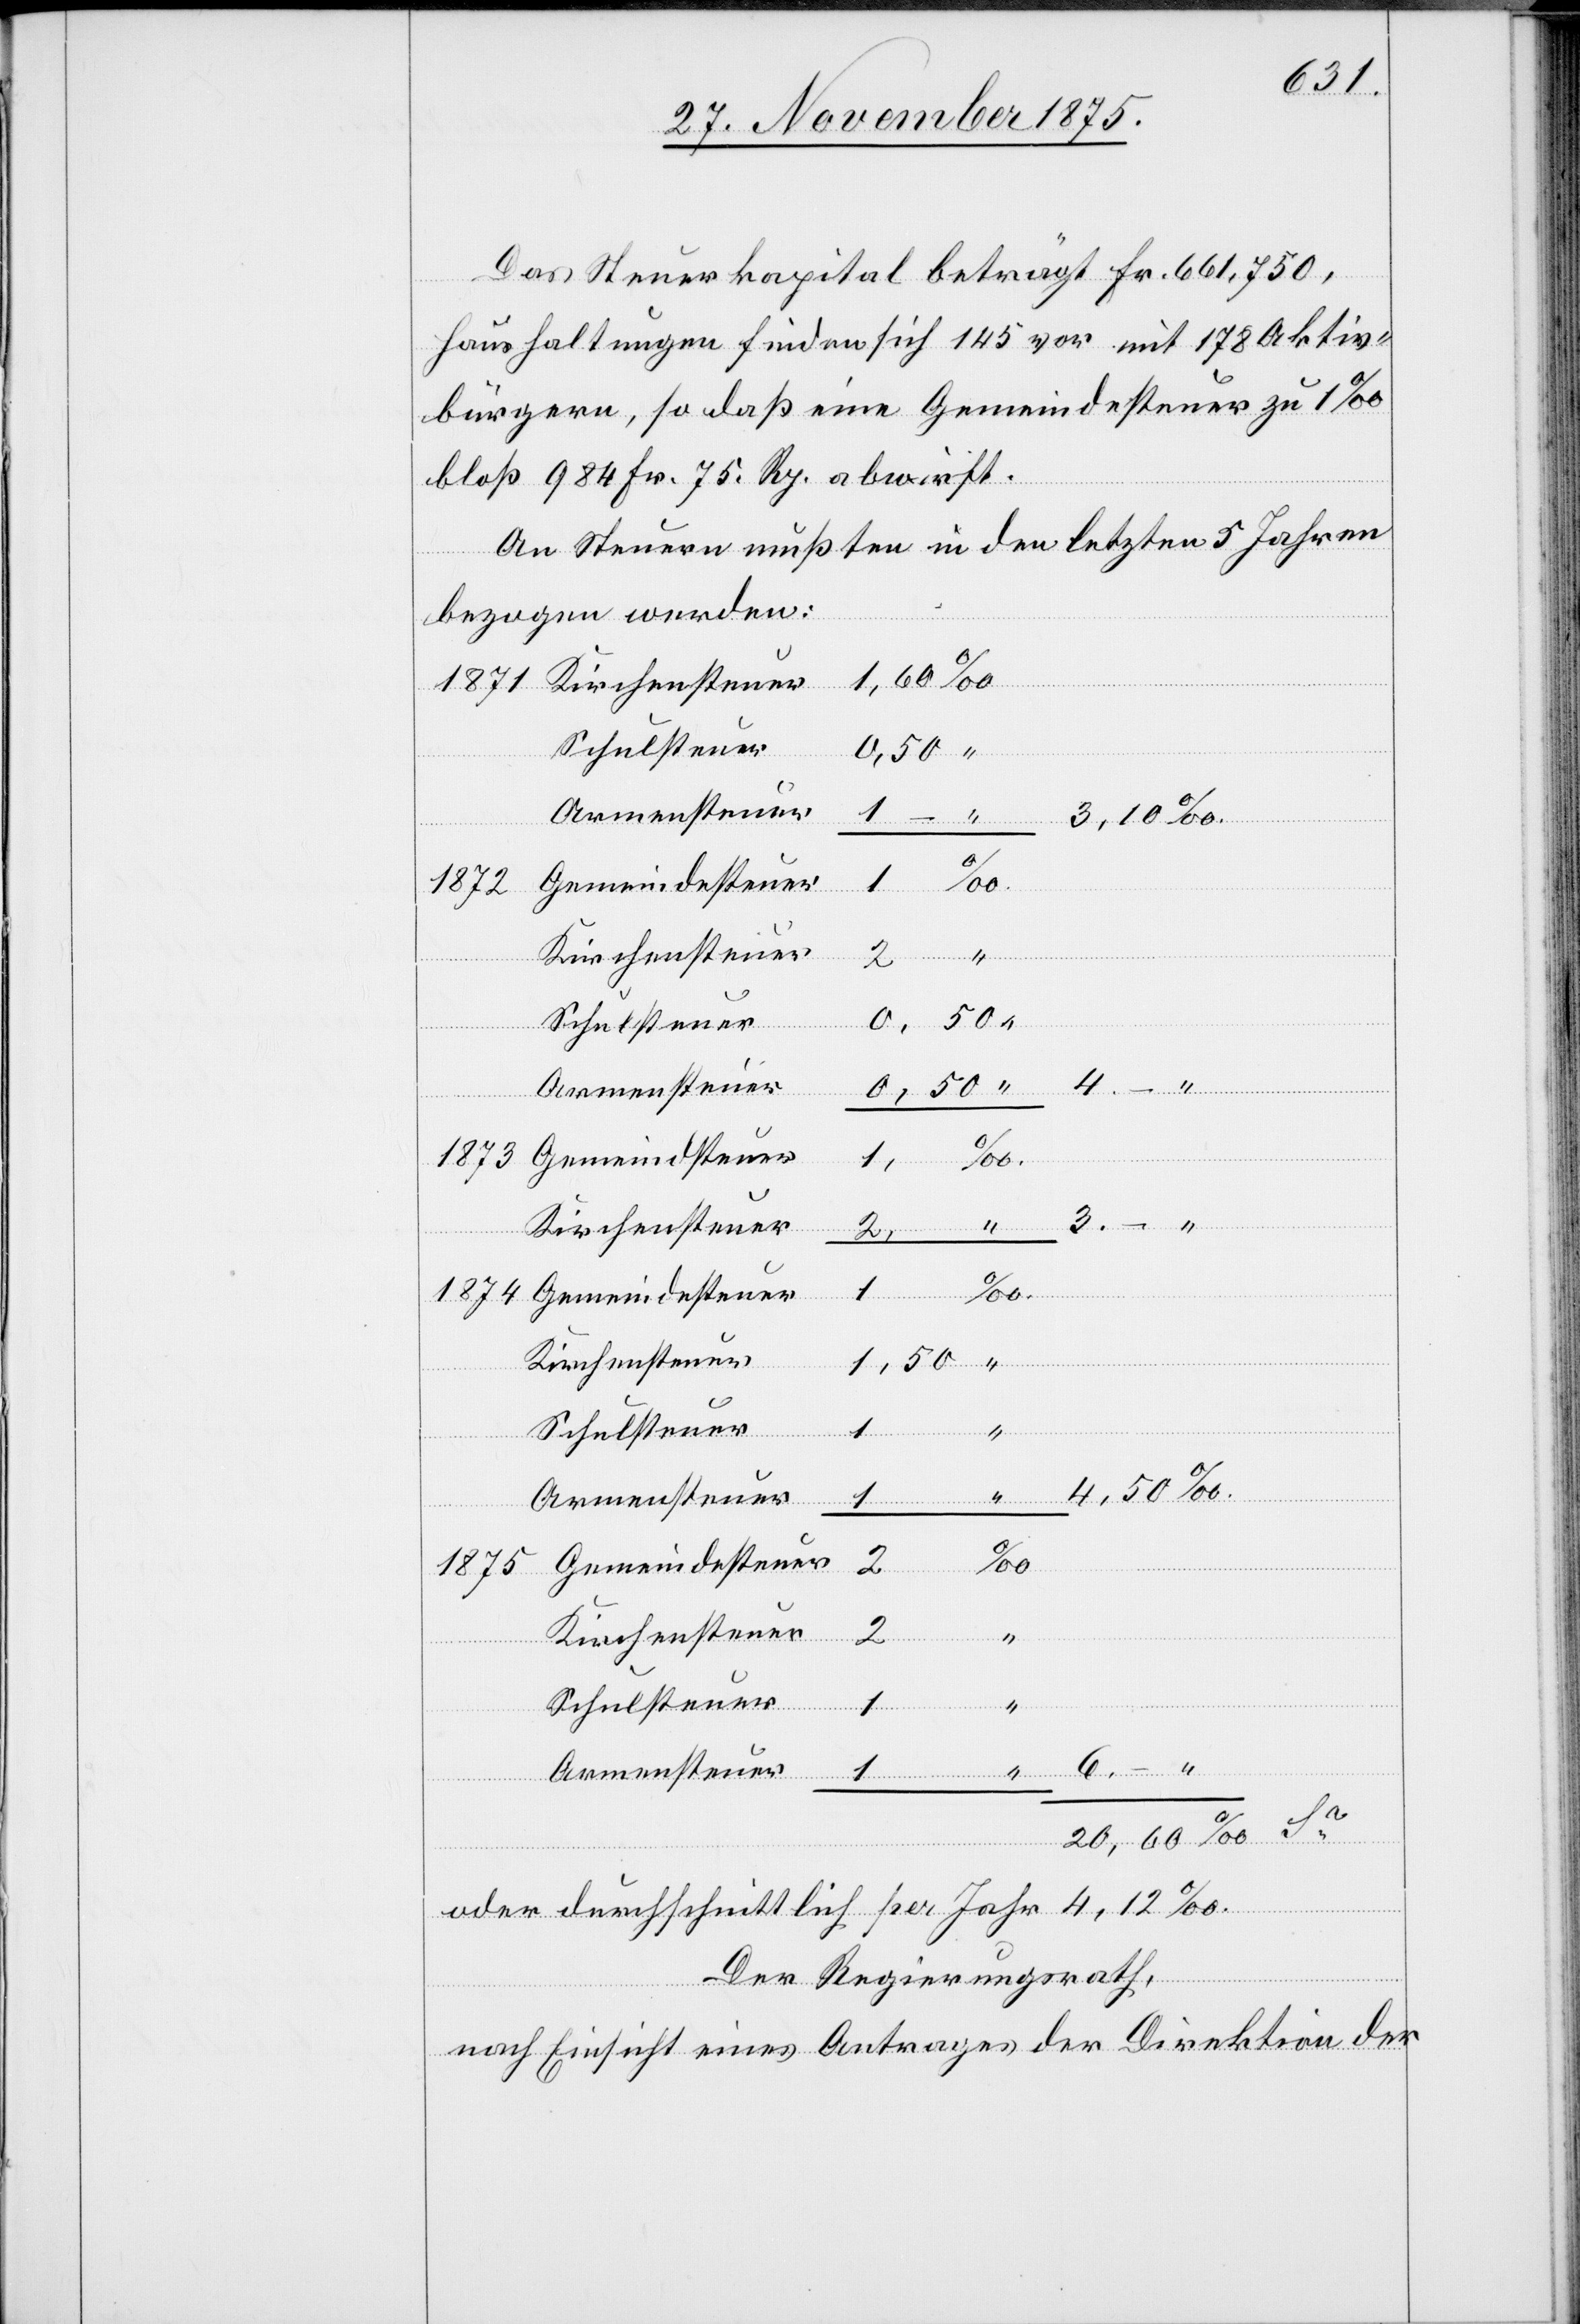
3,10
Das Steuerkapital beträgt Fr. 661,750,
6.
Haushaltungen finden sich 145 vor mit 178 Aktiv¬
bürgern, so daß eine Gemeindesteuer zu 1‰
bloß 984 Fr. 75. Rp. abwirft.
An Steuern mußten in den letzten 5 Jahren
bezogen werden:
Kirchensteuer
1874
Schulsteuer
4,50
Gemeindesteuer
1872
“
Schulsteuer
1
1,
1875
Kirchensteuer
2,
1,50
Schulsteuer
Sa
2
Kirchensteuer
Armensteuer
1
oder durchschnittlich per Jahr 4,12‰.
Der Regierungsrath,
nach Einsicht eines Antrages der Direktion der